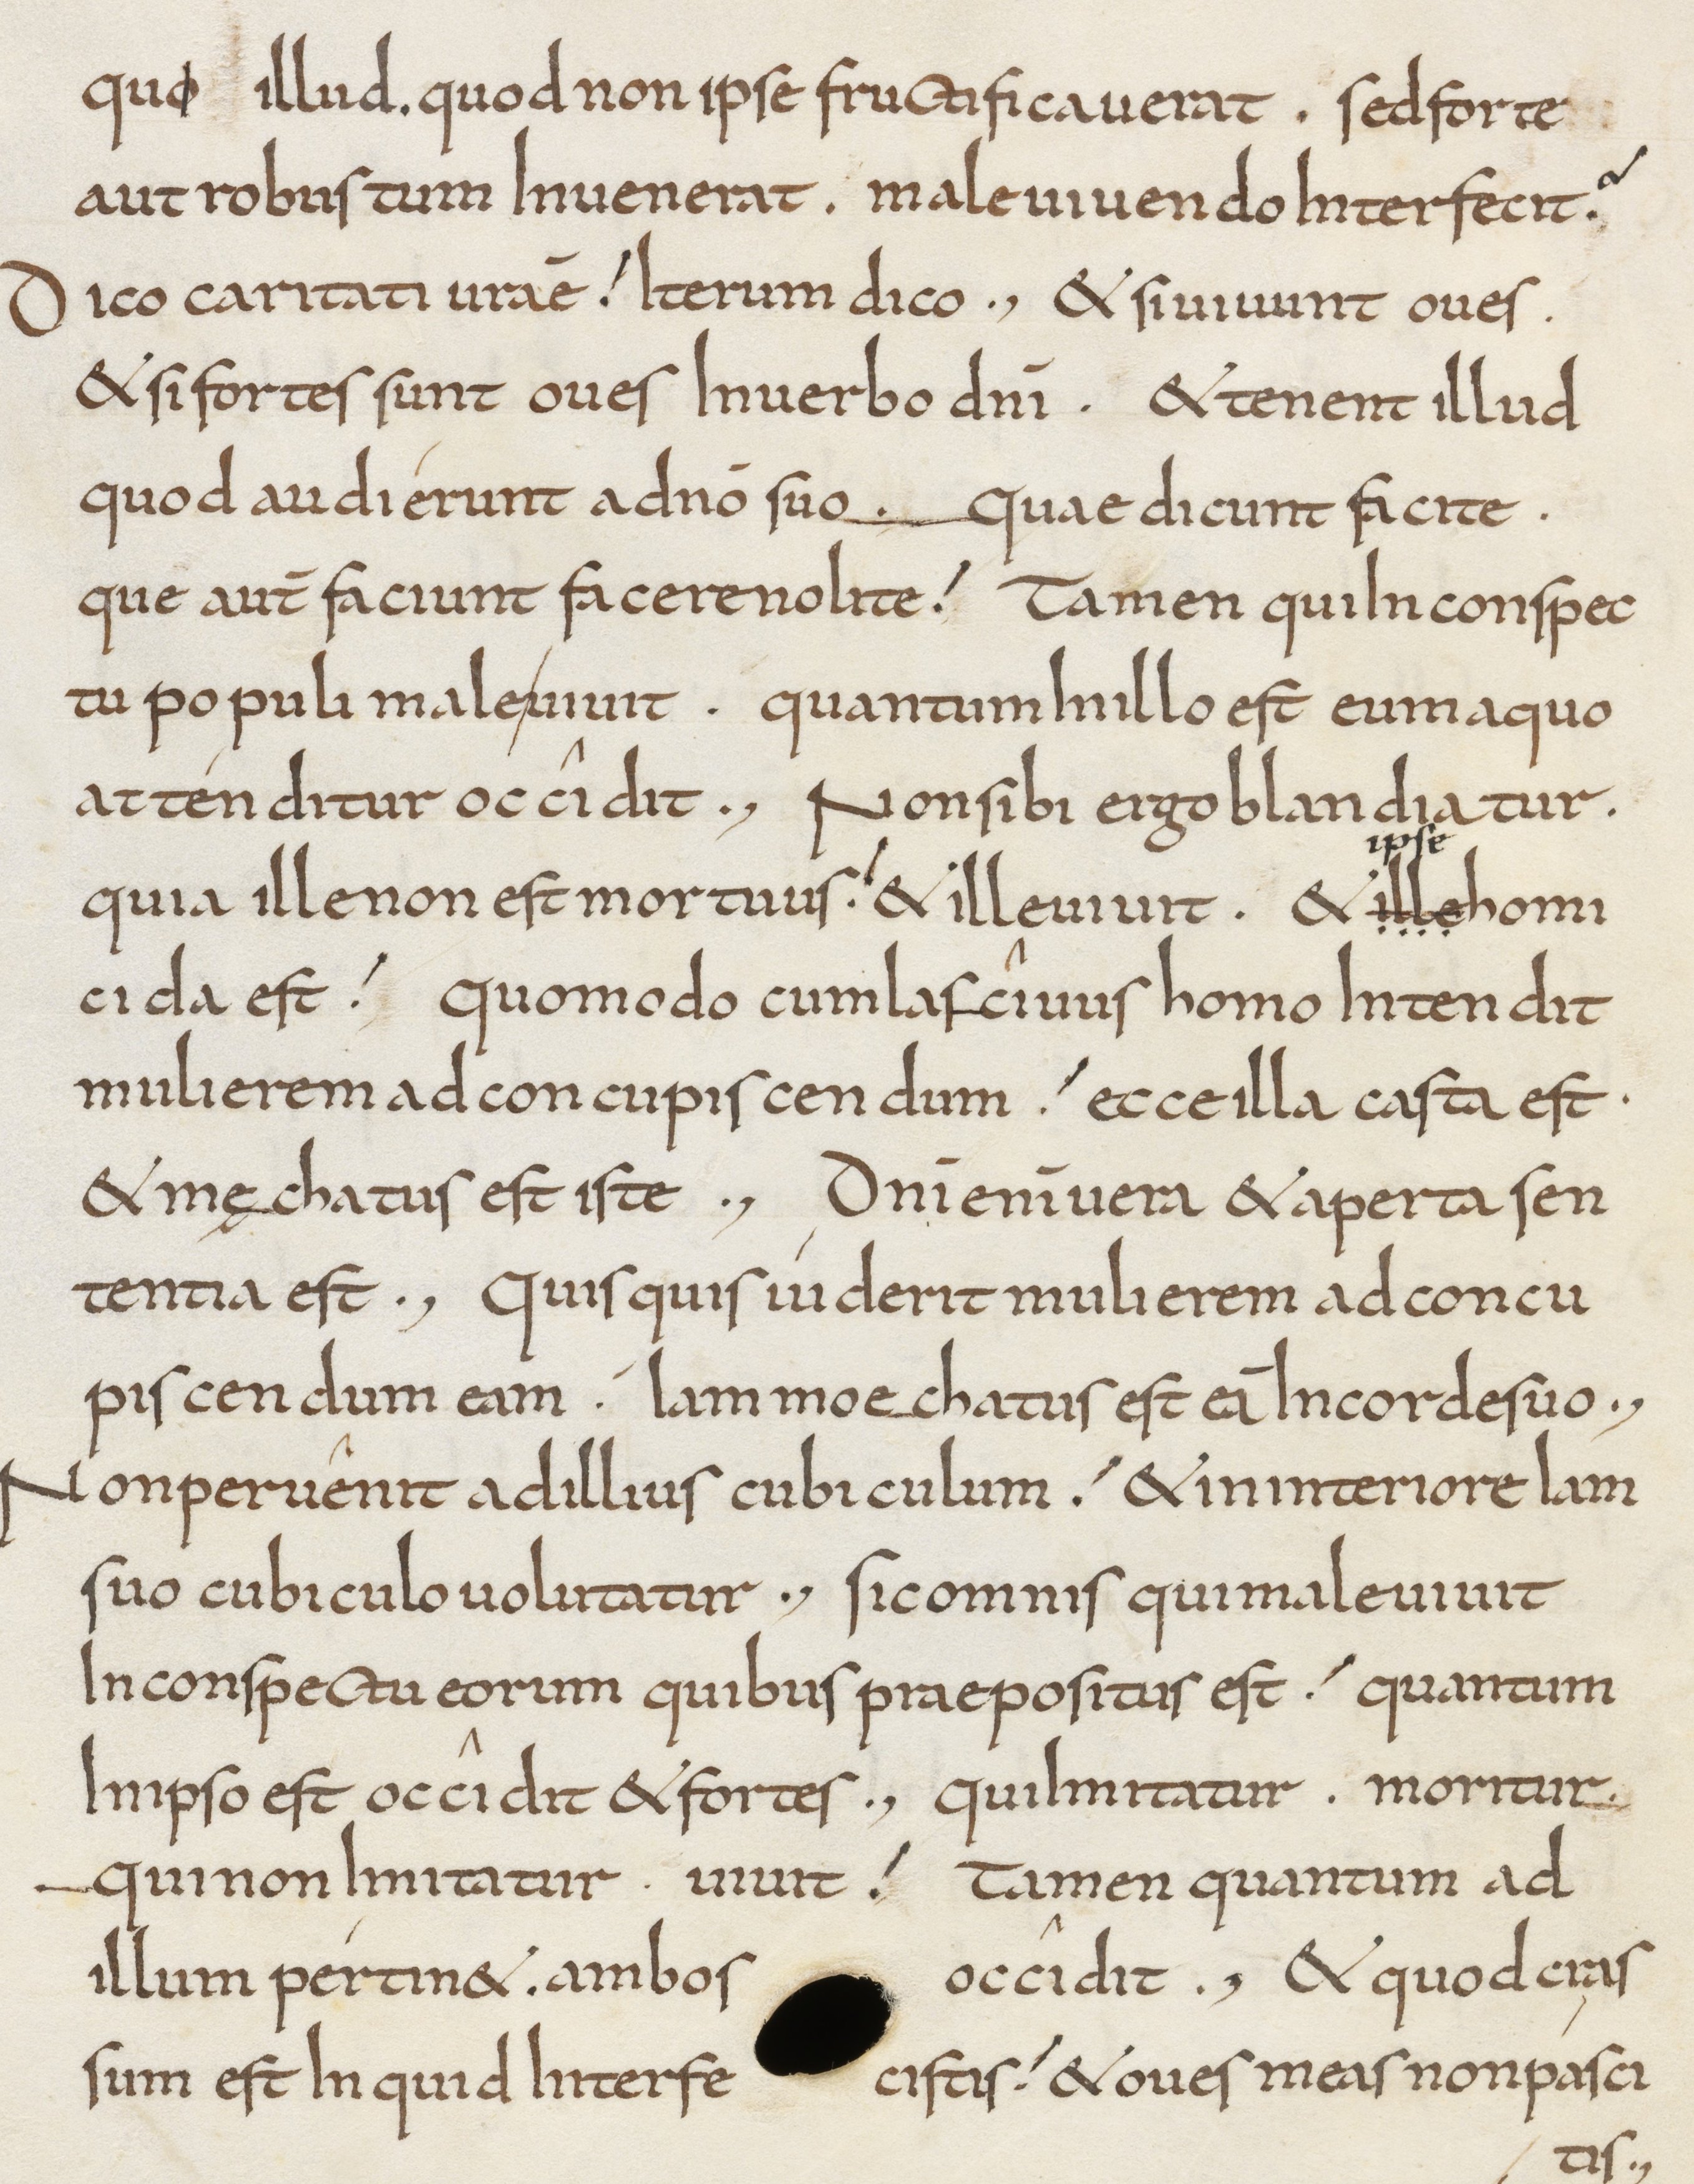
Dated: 800–849